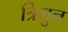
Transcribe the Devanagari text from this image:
त्रिगुन